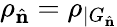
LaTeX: \rho_{\hat{\mathbf{n}}}=\rho_{|G_{\hat{\mathbf{n}}}}